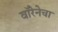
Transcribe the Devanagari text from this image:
वॉरेनेचा